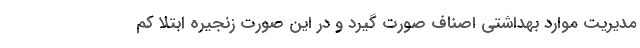
مدیریت موارد بهداشتی اصناف صورت گیرد و در این صورت زنجیره‌ ابتلا کم